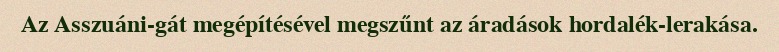
Az Asszuáni-gát megépítésével megszűnt az áradások hordalék-lerakása.